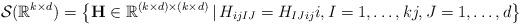
LaTeX: \begin{align*}\mathcal{S}(\mathbb{R}^{k \times d}) = \big\{\mathbf{H} \in \mathbb{R}^{(k \times d) \times (k \times d)} \,|\,H_{ijIJ} = H_{IJij} i, I = 1, \dots, k j, J = 1, \dots, d\big\} \end{align*}